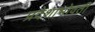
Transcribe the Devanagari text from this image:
प्रदेशाभोवती